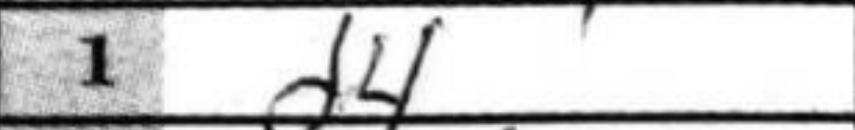
Transcription: d4